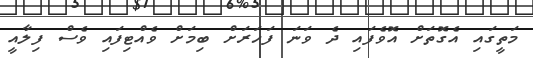
މަތީގައި އެގޮތަށް އޮވެފައި ދެ ވަނަ ފަހަރަށް ބިމަށް ވެއްޓިފައި ވެސް ފިލާއީ